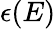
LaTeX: \epsilon(E)